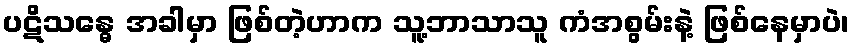
ပဋိသန္ဓေ အခါမှာ ဖြစ်တဲ့ဟာက သူ့ဘာသာသူ ကံအစွမ်းနဲ့ ဖြစ်နေမှာပဲ၊